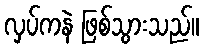
လှပ်ကနဲ ဖြစ်သွားသည်။